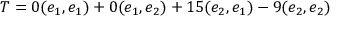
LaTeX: T = 0 ( e _ { 1 } , e _ { 1 } ) + 0 ( e _ { 1 } , e _ { 2 } ) + 1 5 ( e _ { 2 } , e _ { 1 } ) - 9 ( e _ { 2 } , e _ { 2 } )